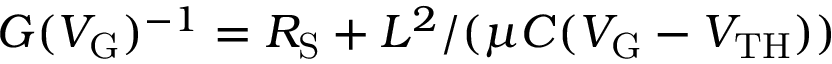
G ( V _ { \mathrm G } ) ^ { - 1 } = R _ { \mathrm S } + L ^ { 2 } / ( \mu C ( V _ { \mathrm { G } } - V _ { \mathrm { T H } } ) )